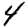
Digit: 4